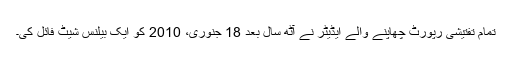
تمام تفتیشی رپورٹ چھاپنے والے ایڈیٹر نے آٹھ سال بعد 18 جنوری، 2010 کو ایک بیلنس شیٹ فائل کی۔